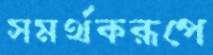
সমর্থকরূপে